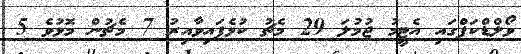
ވޯލްޑްކަޕްގައި އެޓީމު ޖުމުލަ 29 މެޗު ކުޅެފައިވާއިރު 7 މެޗުން މޮޅުވެ 5